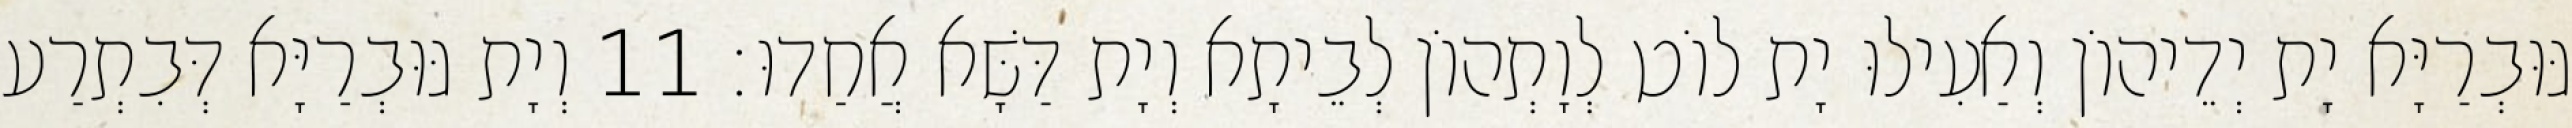
גּוּבְרַיָּא יָת יְדֵיהוֹן וְאַעִילוּ יָת לוֹט לְוָתְהוֹן לְבֵיתָא וְיָת דַּשָּׁא אֲחַדוּ׃ 11 וְיָת גּוּבְרַיָּא דְּבִתְרַע